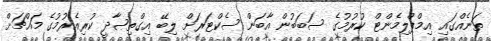
ތަނެއްގައި އިމްޕްލިމެންޓް ކުރުމުގެ ސަބަބުން އާބަން ސެކްޓަރަށް ލިބޭ އިގްތިޞާދީ ކުރިއެރުމުގެ މައްޗަށް